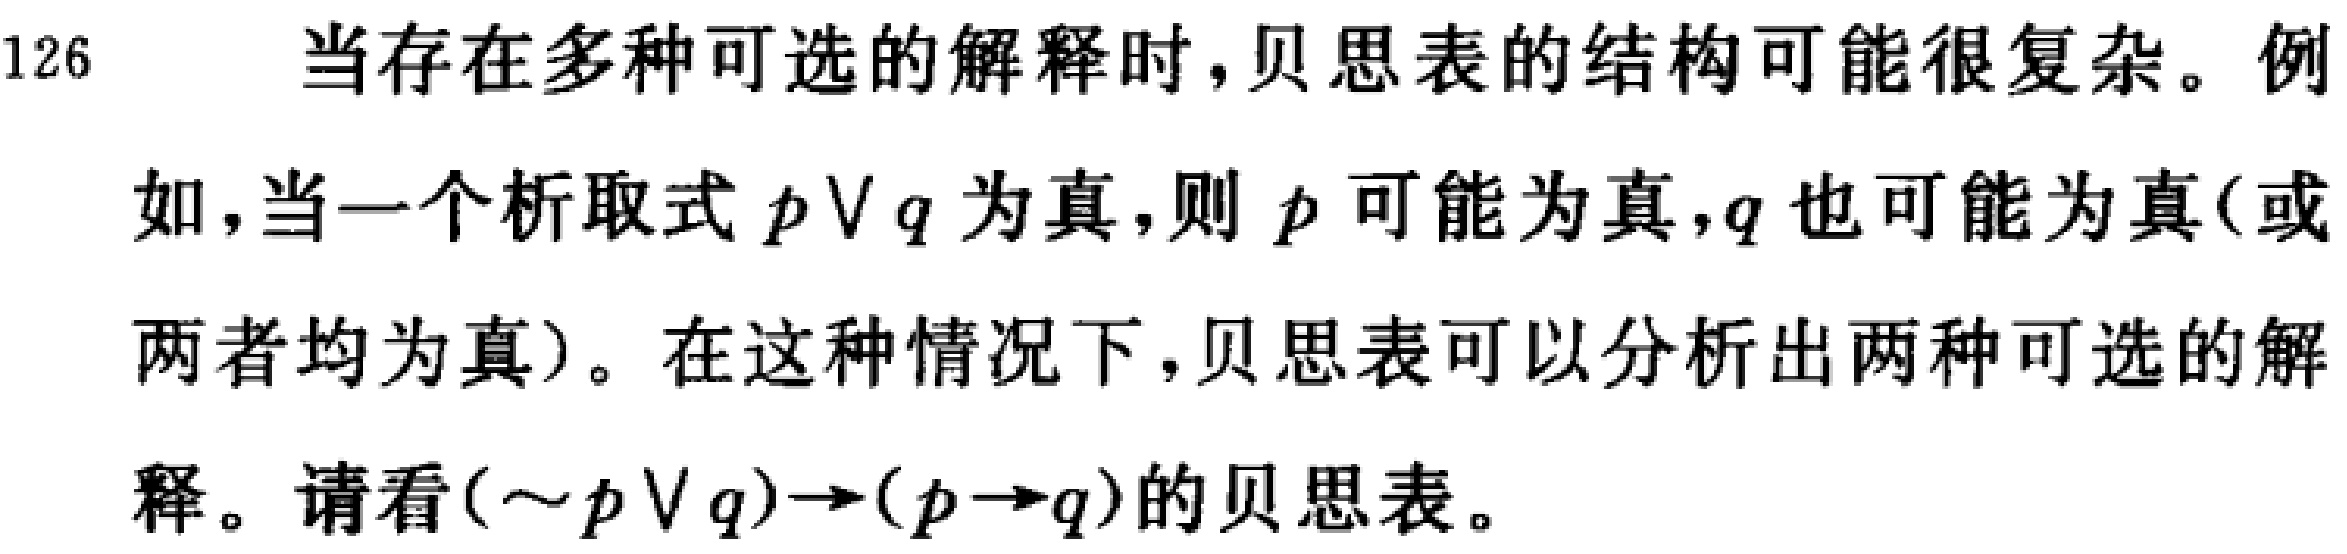
当存在多种可选的解释时, 贝思表的结构可能很复杂。例如, 当一个析取式 \(p \vee q\) 为真, 则 \(p\) 可能为真, \(q\) 也可能为真 (或两者均为真)。在这种情况下, 贝思表可以分析出两种可选的解释。请看 \((\sim p \vee q)\to(p \to q)\) 的贝思表。